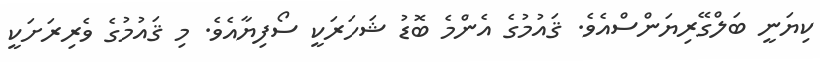
ކިޔަނީ ބަލްގޭރިޔަންސްއެވެ. ޤައުމުގެ އެންމެ ބޮޑު ޝަހަރަކީ ސޯފިޔާއެވެ. މި ޤައުމުގެ ވެރިރަށަކީ